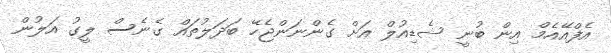
އެފްއޭއެމް އިން ބުނީ ޝެޑިއުލް އަށް ގެންނަންޖެހޭ ބަދަލުތައް ގެނެސް ލީގު އަލުން